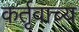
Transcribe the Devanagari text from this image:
कर्तृवाच्य